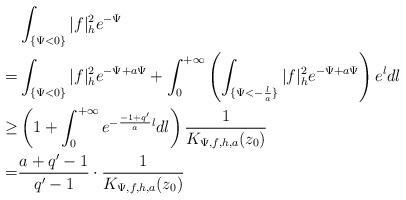
LaTeX: \begin{align*}&\int_{\{\Psi<0\}}|f|^2_he^{-\Psi}\\=&\int_{\{\Psi<0\}}|f|^2_he^{-\Psi+a\Psi} +\int_{0}^{+\infty}\left(\int_{\{\Psi<-\frac{l}{a}\}}|f|^2_he^{-\Psi+a\Psi} \right)e^{l}dl\\\ge&\left(1+\int_0^{+\infty}e^{-\frac{-1+q'}{a}l}dl\right)\frac{1}{K_{\Psi,f,h,a}(z_0)}\\=&\frac{a+q'-1}{q'-1}\cdot\frac{1}{K_{\Psi,f,h,a}(z_0)}\end{align*}